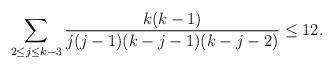
LaTeX: \begin{align*} \sum_{2\le j\le k-3}\frac{k(k-1)}{j(j-1)(k-j-1)(k-j-2)}\le 12.\end{align*}